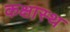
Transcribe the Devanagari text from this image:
कक्षास्थ